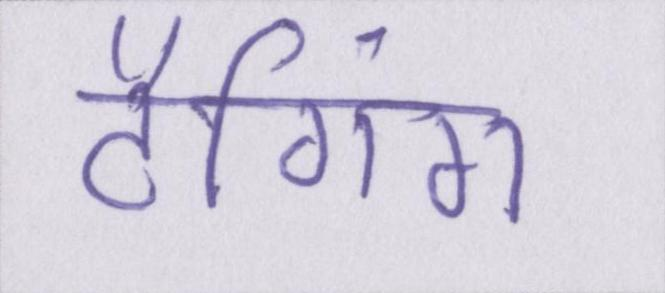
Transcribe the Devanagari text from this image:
टैगिंग